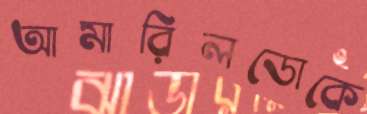
আমারিলডোকে